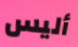
أليس